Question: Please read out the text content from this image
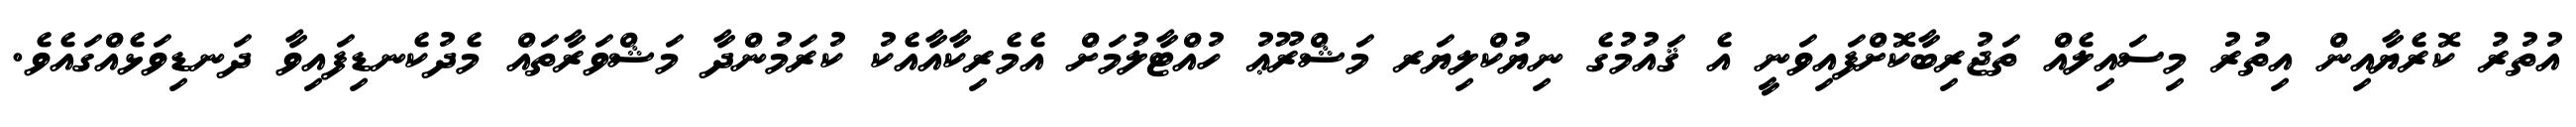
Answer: އުތުރު ކޮރެޔާއިން އިތުރު މިސައިލެއް ތަޖުރިބާކޮށްފައިވަނީ އެ ޤައުމުގެ ނިޔުކްލިޔަރ މަޝްރޫޢު ހުއްޓާލުމަށް އެމެރިކާއާއެކު ކުރަމުންދާ މަޝްވަރާތައް މެދުކެނޑިފައިވާ ދަނޑިވަޅެއްގައެވެ.